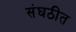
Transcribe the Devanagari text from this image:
संघठीत